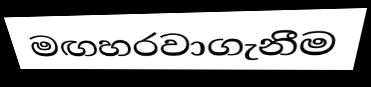
මඟහරවාගැනීම